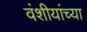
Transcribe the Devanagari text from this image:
वंशीयांच्या